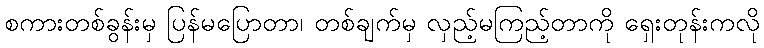
စကားတစ်ခွန်းမှ ပြန်မပြောတာ၊ တစ်ချက်မှ လှည့်မကြည့်တာကို ရှေးတုန်းကလို